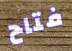
فتاح